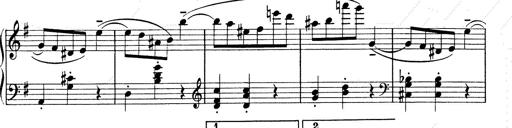
Title: 6 Polish Songs
Composer: Franz Liszt